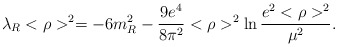
\begin{align*}\lambda_{R}<\rho>^{2}=-6m_{R}^{2}-\frac{9e^{4}}{8\pi^{2}}<\rho>^{2}\ln\frac{e^{2}<\rho>^{2}}{\mu^{2}}.\end{align*}